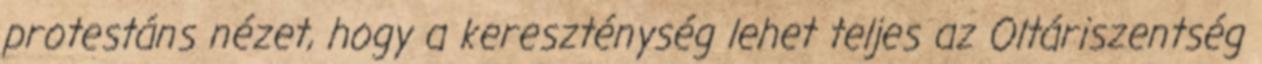
protestáns nézet, hogy a kereszténység lehet teljes az Oltáriszentség